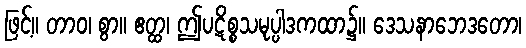
ဖြင့်။ တာဝ၊ စွာ။ ဧတ္ထ၊ ဤပဋိစ္စသမုပ္ပါဒကထာ၌။ ဒေသနာဘေဒတော၊